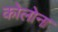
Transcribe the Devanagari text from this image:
कोलोना